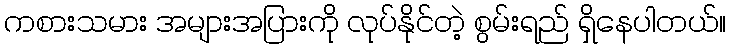
ကစားသမား အများအပြားကို လုပ်နိုင်တဲ့ စွမ်းရည် ရှိနေပါတယ်။